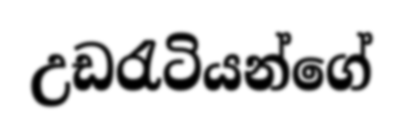
උඩරැටියන්ගේ